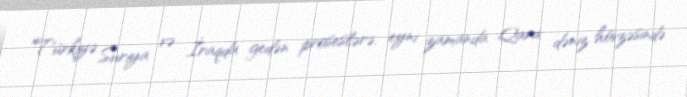
Türkiyə Suriya və İraqda gedən proseslərə, eyni zamanda Qara dəniz hövzəsində